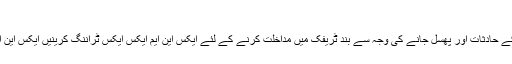
53 وصول کنندہ 24 وصول کنندہ
ایناتولین اور یورپی سائیڈ کے اہم مقامات پر گاڑیوں کے حادثات اور پھسل جانے کی وجہ سے بند ٹریفک میں مداخلت کرنے کے لئے ایکس این ایم ایکس ایکس ٹراننگ کرینیں ایکس این ایم ایکس ایکس گھنٹوں کے لئے تیار رکھی جائیں گی۔